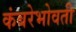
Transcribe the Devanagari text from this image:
कंबरेभोवती